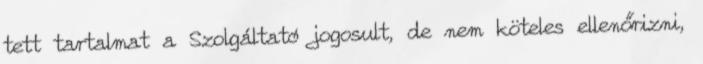
tett tartalmat a Szolgáltató jogosult, de nem köteles ellenőrizni,